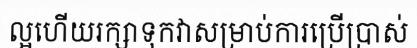
ល្អហើយរក្សាទុកវាសម្រាប់ការប្រើប្រាស់